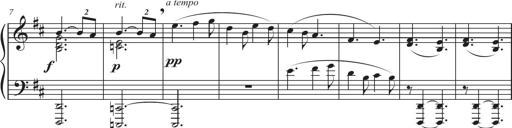
Title: Sonatina in D major
Composer: Shota Saitoh
Key: D major